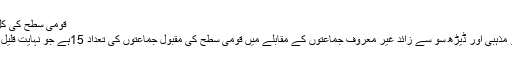
قومی سطح کی کل15جماعتیں
چالیس دینی و مذہبی اور ڈیڑھ سو سے زائد غیر معروف جماعتوں کے مقابلے میں قومی سطح کی مقبول جماعتوں کی تعداد 15ہے جو نہایت قلیل نظر آتی ہے۔